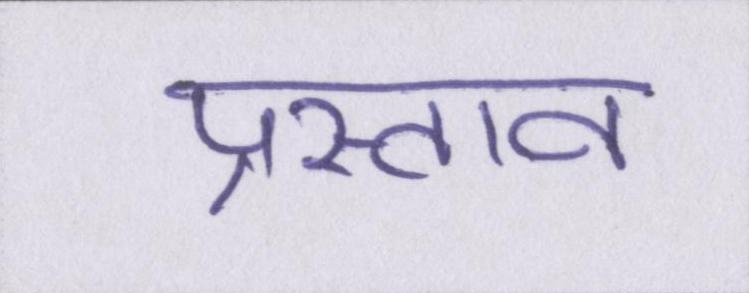
प्रस्ताव